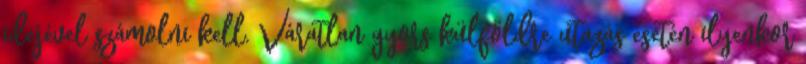
idejével számolni kell. Váratlan gyors külföldre utazás esetén ilyenkor